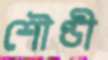
শৌণ্ডী